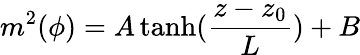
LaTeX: m^{2}(\phi)=A\operatorname{tanh}(\frac{z-z_{0}}{L})+B